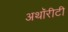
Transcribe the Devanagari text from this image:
अथॉरीटी